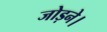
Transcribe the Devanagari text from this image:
जोड़ने।